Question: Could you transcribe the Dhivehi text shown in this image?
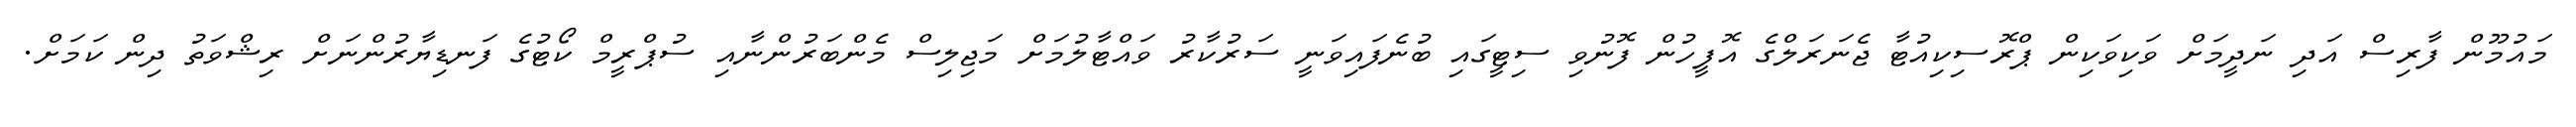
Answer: މައުމޫން ފާރިސް އަދި ނަދީމަށް ވަކިވަކިން ޕްރޮސިކިއުޓާ ޖެނަރަލްގެ އޮފީހުން ފޮނުވި ސިޓީގައި ބުނެފައިވަނީ ސަރުކާރު ވައްޓާލުމަށް މަޖިލިސް މެންބަރުންނާއި ސުޕްރީމް ކޯޓުގެ ފަނޑިޔާރުންނަށް ރިޝްވަތު ދިން ކަމަށް.